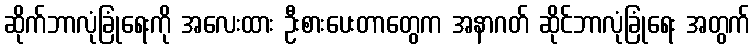
ဆိုက်ဘာလုံခြုံရေးကို အလေးထား ဦးစားပေးတာတွေက အနာဂတ် ဆိုင်ဘာလုံခြုံရေး အတွက်